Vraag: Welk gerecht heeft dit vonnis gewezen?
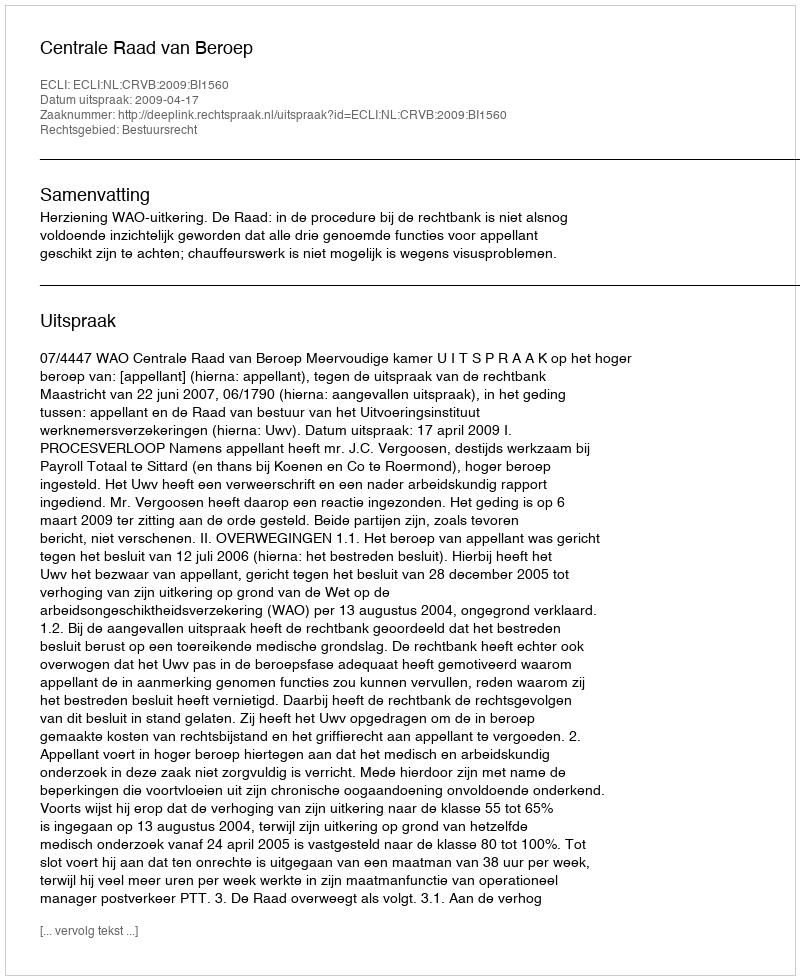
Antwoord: Centrale Raad van Beroep